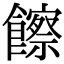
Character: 𩟔